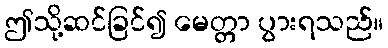
ဤသို့ဆင်ခြင်၍ မေတ္တာ ပွားရသည်။